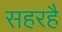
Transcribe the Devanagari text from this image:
सहरहै